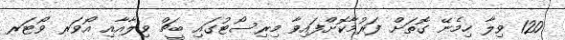
120 ވިލާ ހިމެނޭ ގޮތަށް ފަރުމާކޮށްފައިވާ މިރިސޯޓުގައި ބީޗް ވިލާއާއި އޯވަރ ވޯޓަރ